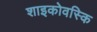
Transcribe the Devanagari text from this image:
शाइकोवस्कि